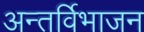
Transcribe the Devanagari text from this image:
अन्तर्विभाजन